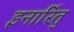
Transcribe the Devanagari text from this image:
इनार्रितु